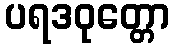
ပရဒဝုတ္တော